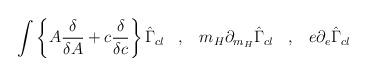
LaTeX: \begin{align*} \int \left\{ A \frac{\delta}{\delta A} + c\frac{\delta}{\delta c} \right\} \hat{\Gamma}_{cl} \; \; \; , \; \; \; m_H \partial_{m_H} \hat{\Gamma}_{cl} \; \; \; , \; \; \; e \partial_e \hat{\Gamma}_{cl}\end{align*}